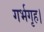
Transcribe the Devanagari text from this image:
गर्भगृह।